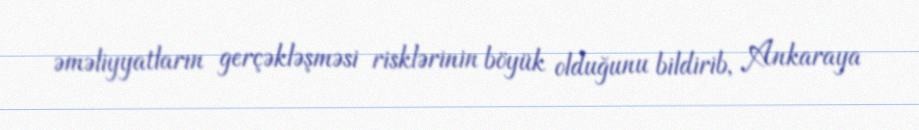
əməliyyatların gerçəkləşməsi risklərinin böyük olduğunu bildirib, Ankaraya